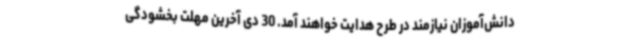
دانش‌آموزان نیازمند در طرح هدایت خواهند آمد. 30 دی آخرین مهلت بخشودگی